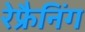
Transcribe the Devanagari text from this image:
रेफ्रैनिंग